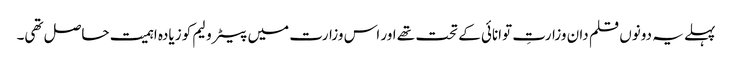
پہلے یہ دونوں قلم دان وزارتِ توانائی کے تحت تھے اور اس وزارت میں پیٹرولیم کو زیادہ اہمیت حاصل تھی۔